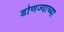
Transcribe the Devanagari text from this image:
डोणज्याच्या